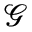
\mathcal { G }